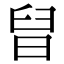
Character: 𣆫